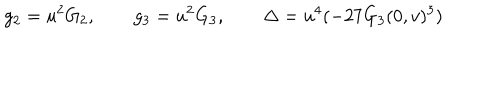
g _ { 2 } = u ^ { 2 } G _ { 2 } , \qquad g _ { 3 } = u ^ { 2 } G _ { 3 } , \qquad \Delta = u ^ { 4 } ( - 2 7 G _ { 3 } ( 0 , v ) ^ { 3 } )